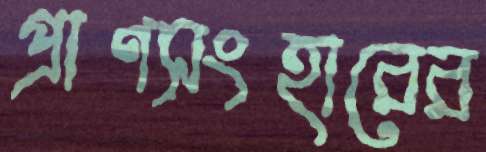
প্রাণসংহারের